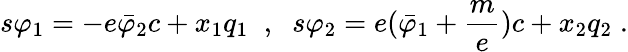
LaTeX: s\varphi_{1}=-e\bar{\varphi}_{2}c+x_{1}q_{1}\; \; ,\; \; s\varphi_{2}=e(\bar{\varphi}_{1}+\frac me)c+x_{2}q_{2}\; .